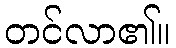
တင်လာ၏။